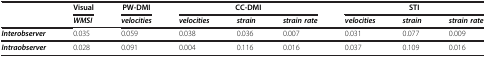
<table><thead><tr><td><b> </b></td><td><b>Visual</b></td><td><b>PW-DMI</b></td><td colspan="3"><b>CC-DMI</b></td><td colspan="3"><b>STI</b></td></tr></thead><tbody><tr><td> </td><td><b><i>WMSI</i></b></td><td><b><i>velocities</i></b></td><td><b><i>velocities</i></b></td><td><b><i>strain</i></b></td><td><b><i>strain rate</i></b></td><td><b><i>velocities</i></b></td><td><b><i>strain</i></b></td><td><b><i>strain rate</i></b></td></tr><tr><td><b><i>Interobserver</i></b></td><td>0.035</td><td>0.059</td><td>0.038</td><td>0.036</td><td>0.007</td><td>0.031</td><td>0.077</td><td>0.009</td></tr><tr><td><b><i>Intraobserver</i></b></td><td>0.028</td><td>0.091</td><td>0.004</td><td>0.116</td><td>0.016</td><td>0.037</td><td>0.109</td><td>0.016</td></tr></tbody></table>